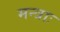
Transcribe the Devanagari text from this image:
मन्त्राः